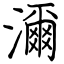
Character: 濔